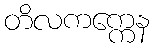
တိလကက္ကေန